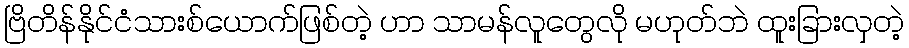
ဗြိတိန်နိုင်ငံသားစ်ယောက်ဖြစ်တဲ့ ဟာ သာမန်လူတွေလို မဟုတ်ဘဲ ထူးခြားလှတဲ့